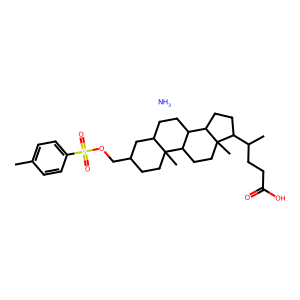
SMILES: Cc1ccc(S(=O)(=O)OCC2CCC3(C)C(CCC4C3CCC3(C)C(C(C)CCC(=O)O)CCC43)C2)cc1.N
Inhibits HIV replication: No